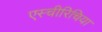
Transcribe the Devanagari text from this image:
एस्चीरिचिया